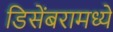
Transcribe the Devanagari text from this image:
डिसेंबरामध्ये